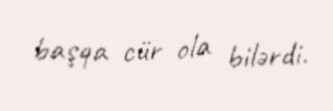
başqa cür ola bilərdi.